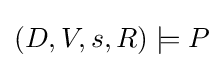
(D,V,s,R)\models P